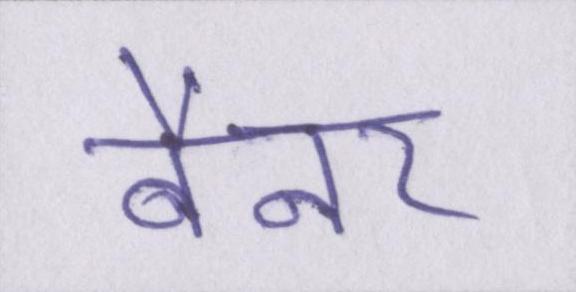
बैनर